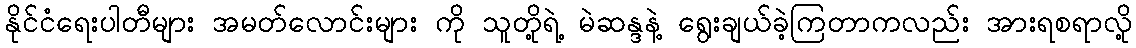
နိုင်ငံရေးပါတီများ အမတ်လောင်းများ ကို သူတို့ရဲ့ မဲဆန္ဒနဲ့ ရွေးချယ်ခဲ့ကြတာကလည်း အားရစရာလို့